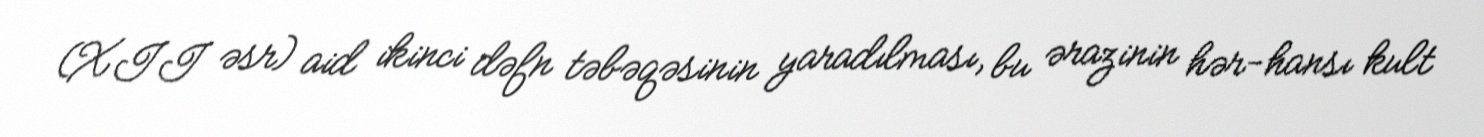
(XII əsr) aid ikinci dəfn təbəqəsinin yaradılması, bu ərazinin hər-hansı kult